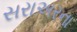
સરાઅરના